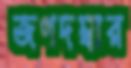
জগদম্বার